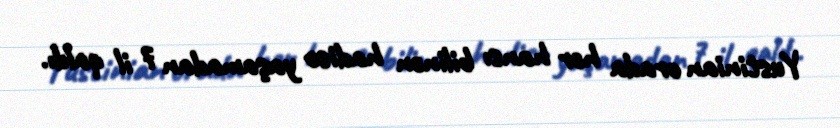
Yustinian orada hər hansı bilinən hadisə yaşamadan 7 il qaldı.